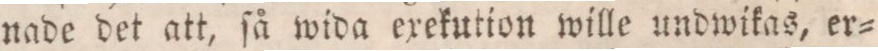
nade det att, ſå wida exekution wille undwikas, er=